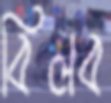
বিলব